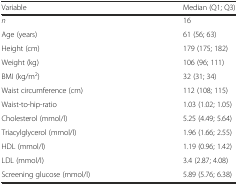
<table><thead><tr><td><b>Variable</b></td><td><b>Median (Q1; Q3)</b></td></tr></thead><tbody><tr><td><i>n</i></td><td>16</td></tr><tr><td>Age (years)</td><td>61 (56; 63)</td></tr><tr><td>Height (cm)</td><td>179 (175; 182)</td></tr><tr><td>Weight (kg)</td><td>106 (96; 111)</td></tr><tr><td>BMI (kg/m<sup>2</sup>)</td><td>32 (31; 34)</td></tr><tr><td>Waist circumference (cm)</td><td>112 (108; 115)</td></tr><tr><td>Waist-to-hip-ratio</td><td>1.03 (1.02; 1.05)</td></tr><tr><td>Cholesterol (mmol/l)</td><td>5.25 (4.49; 5.64)</td></tr><tr><td>Triacylglycerol (mmol/l)</td><td>1.96 (1.66; 2.55)</td></tr><tr><td>HDL (mmol/l)</td><td>1.19 (0.96; 1.42)</td></tr><tr><td>LDL (mmol/l)</td><td>3.4 (2.87; 4.08)</td></tr><tr><td>Screening glucose (mmol/l)</td><td>5.89 (5.76; 6.38)</td></tr></tbody></table>